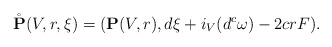
\begin{align*} \mathring{\mathbf{P}}(V,r,\xi) = (\mathbf{P}(V,r),d\xi + i_V(d^c\omega) - 2c r F).\end{align*}